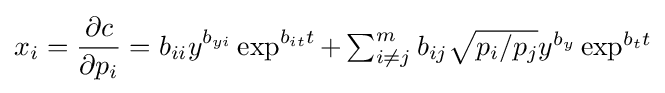
x_{i}={\partial c \over \partial p_{i}}=b_{ii}y^{b_{yi}}\exp ^{b_{it}t}+\textstyle \sum _{i\neq j}^{m}b_{ij}{\sqrt {p_{i}/p_{j}}}y^{b_{y}}\exp ^{b_{t}t}